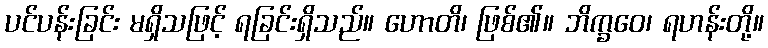
ပင်ပန်းခြင်း မရှိသဖြင့် ရခြင်းရှိသည်။ ဟောတိ၊ ဖြစ်၏။ ဘိက္ခဝေ၊ ရဟန်းတို့။